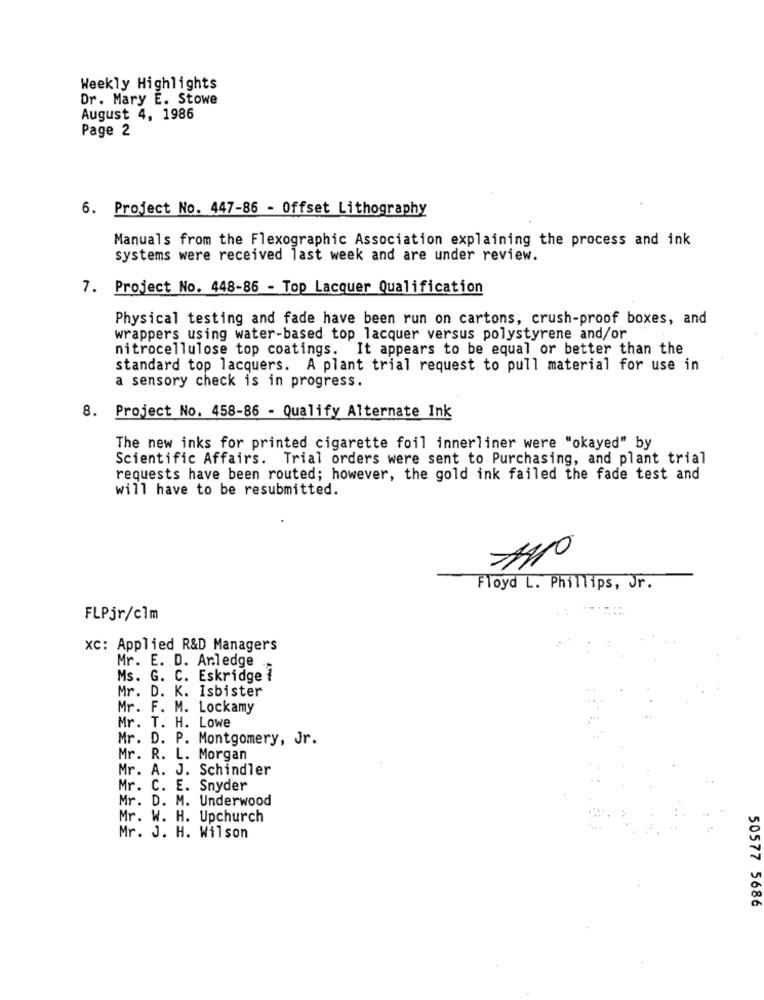
Weekly Highlights
Dr. Mary E. Stowe
August 4, 1986
Page 2
6. Project No. 447-86 - Offset Lithography
Manuals from the Flexographic Association explaining the process and ink
systems were received last week and are under review.
7. Project No. 448-86 - Top Lacquer Qualification
Physical testing and fade have been run on cartons, crush-proof boxes, and
wrappers using water-based top lacquer versus polystyrene and/or
nitrocellulose top coatings. It appears to be equal or better than the
standard top lacquers. A plant trial request to pull material for use in
a sensory check is in progress.
8. Project No. 458-86 - Qualify Alternate Ink
The new inks for printed cigarette foil innerliner were "okayed" by
Scientific Affairs. Trial orders were sent to Purchasing, and plant trial
requests have been routed; however, the gold ink failed the fade test and
will have to be resubmitted.
Floyd L. Phillips, Jr.
FLPjr/clm
Xc: Applied R&D Managers
Mr. E. D. Anledge
Ms. G. C. Eskridge 1
Mr. D. K. Isbister
Mr. F. M. Lockamy
Mr. T. H. Lowe
Mr. D. P. Montgomery, Jr.
Mr. R. L. Morgan
Mr. A. J. Schindler
Mr. C. E. Snyder
Mr. D. M. Underwood
Mr. W. H. Upchurch
Mr. J. H. Wilson
50577 5686